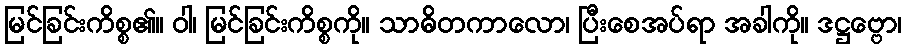
မြင်ခြင်းကိစ္စ၏။ ဝါ၊ မြင်ခြင်းကိစ္စကို။ သာဓိတကာလော၊ ပြီးစေအပ်ရာ အခါကို။ ဒဋ္ဌဗ္ဗော၊